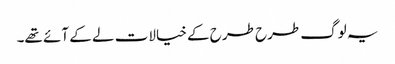
یہ لوگ طرح طرح کے خیالات لے کے آئے تھے۔